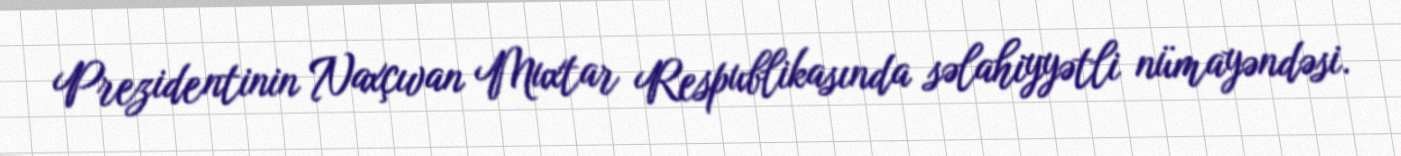
Prezidentinin Naxçıvan Muxtar Respublikasında səlahiyyətli nümayəndəsi.